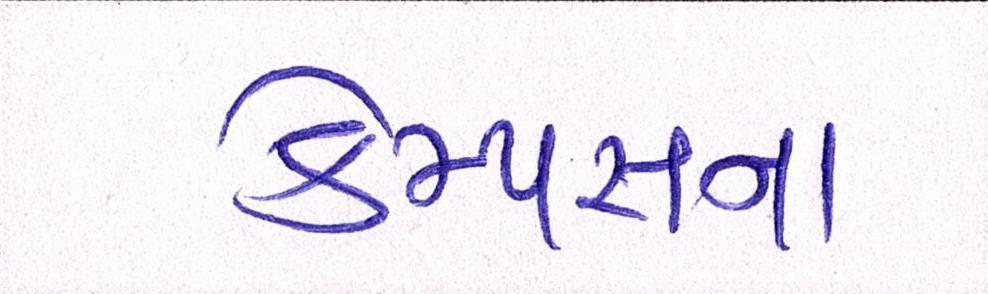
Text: કેમ્પસના